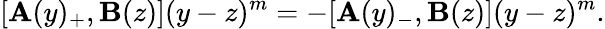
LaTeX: [\mathbf{A}(y)_{+},\mathbf{B}(z)](y-z)^{m}=-[\mathbf{A}(y)_{-},\mathbf{B}(z)](y-z)^{m}.